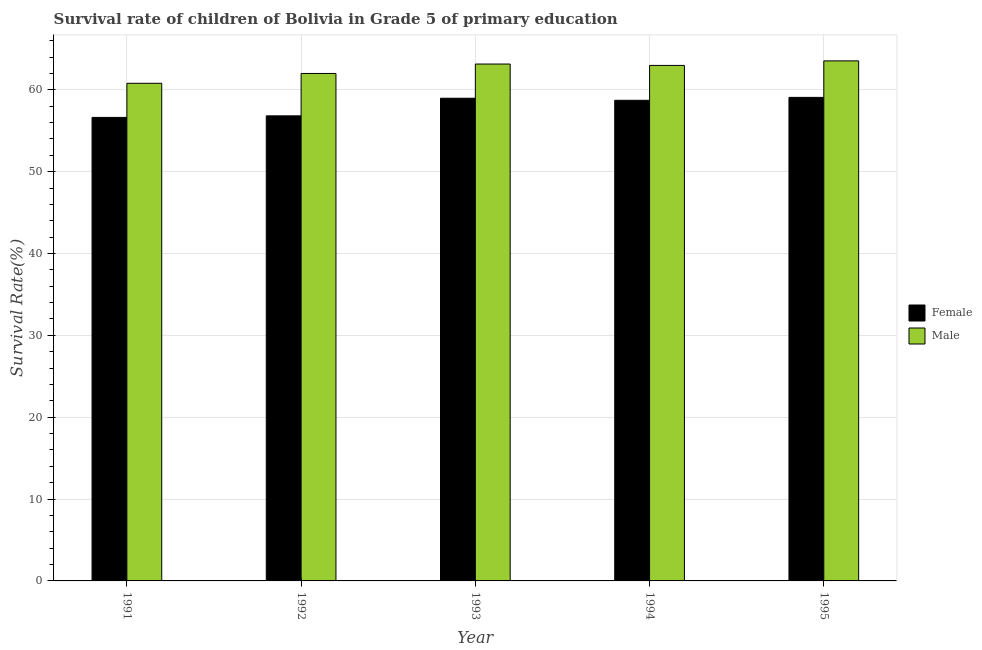
| Year | Female | Male |
 | --- | --- | --- |
 | 1991 | 56.6 | 60.8 |
 | 1992 | 56.8 | 62 |
 | 1993 | 59 | 63.1 |
 | 1994 | 58.7 | 63 |
 | 1995 | 59.1 | 63.5 |